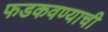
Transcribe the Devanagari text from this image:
फडकवण्याची